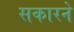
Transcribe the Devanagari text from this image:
सकारने